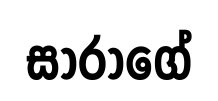
සාරාගේ